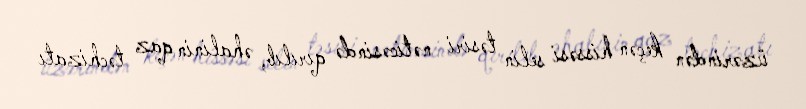
üzərindən keçən hissəsi selin təsiri nəticəsində qırılıb, əhalinin qaz təchizatı